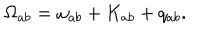
LaTeX: \Omega _ { a b } = \omega _ { a b } + K _ { a b } + q _ { a b } .